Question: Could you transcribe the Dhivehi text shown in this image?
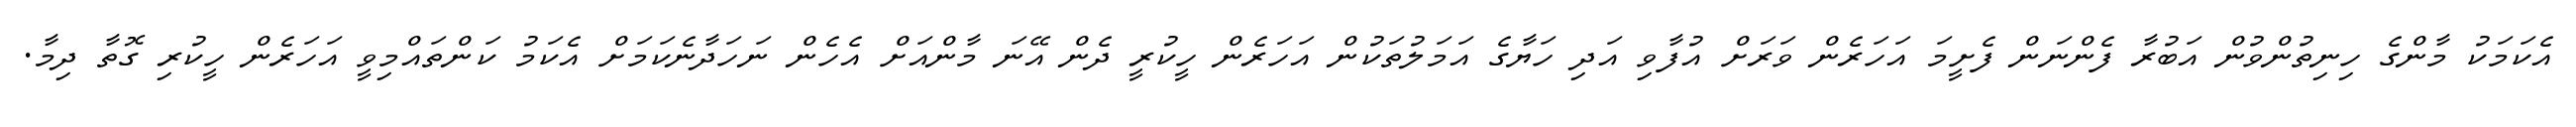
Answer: އެކަމަކު މާންގެ ހިނިތުންވުން އަބުރާ ފެންނަން ފެށީމަ އަހަރެން ވަރަށް އުފާވި އަދި ހަޔާގެ އަމަލުތަކުން އަހަރެން ހީކުރީ ދެން އޭނަ މާންއަށް އެހެން ނަހަދާނެކަމަށް އެކަމު ކަންތައްމިވީ އަހަރެން ހީކުރި ގޮތާ ދިމާ.